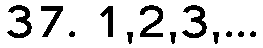
37. 1,2,3,...